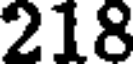
218